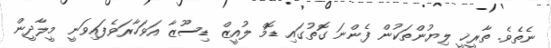
ނެތެވެ. ތާރީޚީ ލިޔުންތަކުން ފެންނަ ގޮތުގައި ޑޮމް ލުއީޒް ޑިސޫޒާ އަވަހާރަވެފައިވަނީ މީލާދީން